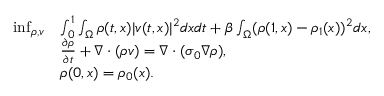
\begin{array} { r l } { \operatorname* { i n f } _ { \rho , v } } & { \int _ { 0 } ^ { 1 } \int _ { \Omega } \rho ( t , x ) | v ( t , x ) | ^ { 2 } d x d t + \beta \int _ { \Omega } ( \rho ( 1 , x ) - \rho _ { 1 } ( x ) ) ^ { 2 } d x , } \\ & { \frac { \partial \rho } { \partial t } + \nabla \cdot ( \rho v ) = \nabla \cdot ( \sigma _ { 0 } \nabla \rho ) , } \\ & { \rho ( 0 , x ) = \rho _ { 0 } ( x ) . } \end{array}